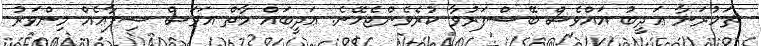
ޡަހުރަނާ ޢަދީބު އައްވެސް ބޭސްފަރުވާ ކުރެވެންޖެހޭނެ. ޢަދީބައް މާތް އަވަސް ޝިފާޢެއް މިންވަރު